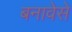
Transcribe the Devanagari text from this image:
बनावेसे